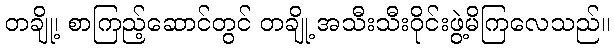
တချို့၊ စာကြည့်ဆောင်တွင် တချို့ အသီးသီးဝိုင်းဖွဲ့မိကြလေသည်။